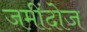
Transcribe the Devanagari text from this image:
जमींदोज